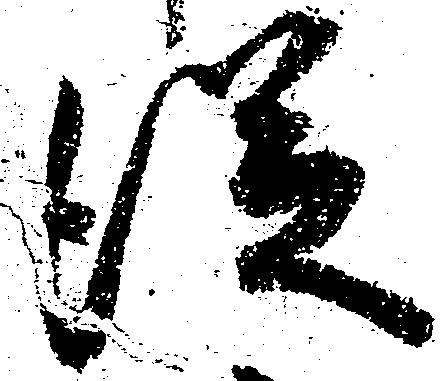
従